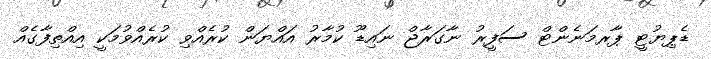
ޑެޕިޔުޓީ ޕާރމަނެންޓް ސަފީރު ނާގަރާޖް ނައިޑޫ ކުމާރު އައްޔަން ކުރެއްވި ކުރެއްވުމަކީ އިއްތިފާގެއް